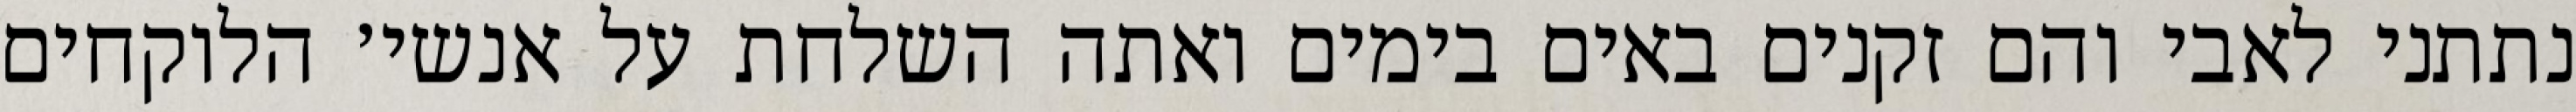
נתתני לאבי והם זקנים באים בימים ואתה השלחת על אנשי׳ הלוקחים